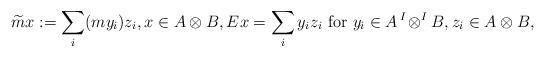
LaTeX: \begin{align*}\widetilde{m}x := \sum_i (my_i)z_i,x\in A\otimes B,Ex = \sum_i y_iz_i\textrm{ for }y_i \in A\,{}^I\!\otimes^IB, z_i \in A\otimes B,\end{align*}